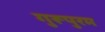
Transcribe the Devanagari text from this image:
गुरूपुरम